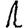
Digit: 1